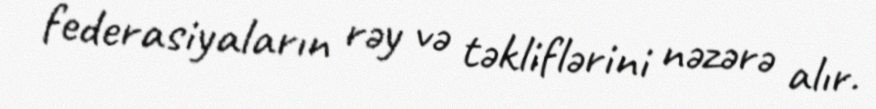
federasiyaların rəy və təkliflərini nəzərə alır.